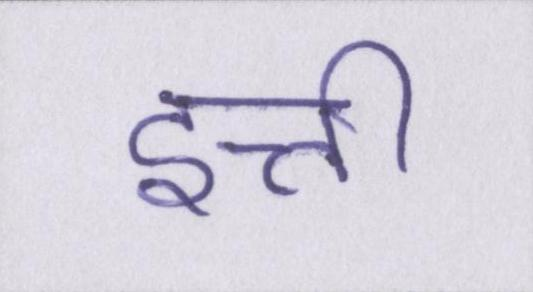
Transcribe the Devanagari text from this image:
इत्ती